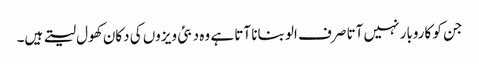
جن کو کاروبار نہیں آتا صرف الو بنانا آتا ہے وہ دبئی ویزوں کی دکان کھول لیتے ہیں۔